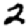
Digit: 2